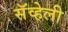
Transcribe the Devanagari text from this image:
सॅव्हेली